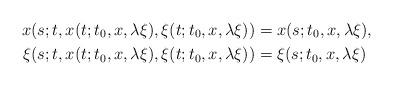
LaTeX: \begin{align*} x(s;t,x(t;t_0,x,\lambda \xi ), \xi(t;t_0,x,\lambda \xi)) &=x(s;t_0, x,\lambda \xi ),\\ \xi (s;t,x(t;t_0,x,\lambda \xi ), \xi(t;t_0,x,\lambda \xi)) &=\xi (s;t_0, x,\lambda \xi )\end{align*}